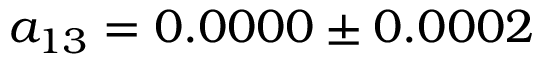
a _ { 1 3 } = 0 . 0 0 0 0 \pm 0 . 0 0 0 2